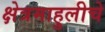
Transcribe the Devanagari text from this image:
क्षेत्रमाहुलीचे